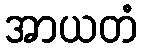
အာယတံ